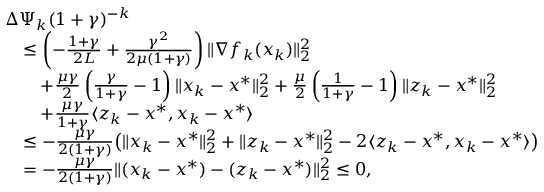
\begin{array} { r l } & { \Delta \Psi _ { k } ( 1 + \gamma ) ^ { - k } } \\ & { \quad \le \left( - \frac { 1 + \gamma } { 2 L } + \frac { \gamma ^ { 2 } } { 2 \mu ( 1 + \gamma ) } \right) \| \nabla f _ { k } ( x _ { k } ) \| _ { 2 } ^ { 2 } } \\ & { \qquad + \frac { \mu \gamma } { 2 } \left( \frac { \gamma } { 1 + \gamma } - 1 \right) \| x _ { k } - x ^ { * } \| _ { 2 } ^ { 2 } + \frac { \mu } { 2 } \left( \frac { 1 } { 1 + \gamma } - 1 \right) \| z _ { k } - x ^ { * } \| _ { 2 } ^ { 2 } } \\ & { \qquad + \frac { \mu \gamma } { 1 + \gamma } \langle z _ { k } - x ^ { * } , x _ { k } - x ^ { * } \rangle } \\ & { \quad \le - \frac { \mu \gamma } { 2 ( 1 + \gamma ) } \big ( \| x _ { k } - x ^ { * } \| _ { 2 } ^ { 2 } + \| z _ { k } - x ^ { * } \| _ { 2 } ^ { 2 } - 2 \langle z _ { k } - x ^ { * } , x _ { k } - x ^ { * } \rangle \big ) } \\ & { \quad = - \frac { \mu \gamma } { 2 ( 1 + \gamma ) } \| ( x _ { k } - x ^ { * } ) - ( z _ { k } - x ^ { * } ) \| _ { 2 } ^ { 2 } \le 0 , } \end{array}